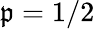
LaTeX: \mathfrak{p}=1/2